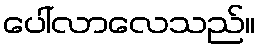
ပေါ်လာလေသည်။